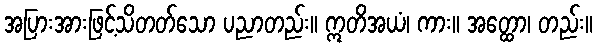
အပြားအားဖြင့်သိတတ်သော ပညာတည်း။ ဣတိအယံ၊ ကား။ အတ္ထော၊ တည်း။